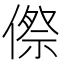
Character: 傺